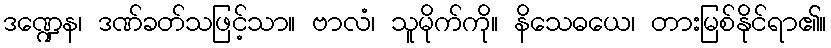
ဒဏ္ဍေန၊ ဒဏ်ခတ်သဖြင့်သာ။ ဗာလံ၊ သူမိုက်ကို။ နိသေဓယေ၊ တားမြစ်နိုင်ရာ၏။